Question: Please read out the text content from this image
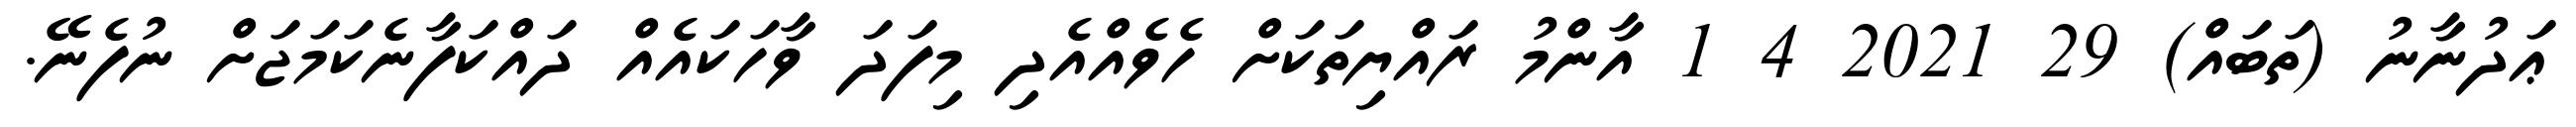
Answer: ޢަދުނާނު (ތަބައް) 29 2021 4 1 އާންމު ރައްޔިތަކަށް ހެވެއްއެދި މިފަދަ ވާހަކައެއް ދައްކަފާނެކަމަޖަށް ނުފެނޭ.